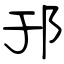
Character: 邘